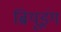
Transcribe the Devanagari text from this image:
ब्रियूइंग